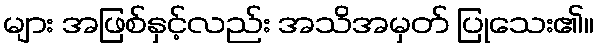
များ အဖြစ်နှင့်လည်း အသိအမှတ် ပြုသေး၏။